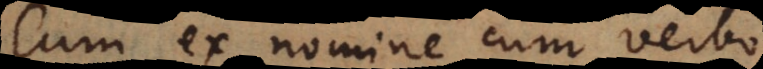
Cum ex nomine cum verbo